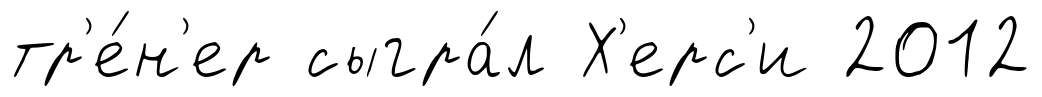
тр'е́н'ер сыгра́л Х'ерс'и 2012